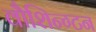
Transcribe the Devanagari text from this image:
वौशिन्ग्टन